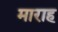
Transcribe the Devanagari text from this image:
माराह